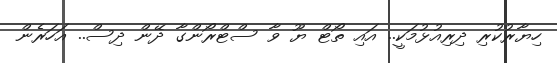
ހިޔާރުކުރި ދިރިއުޅުމަކީ.. އައި ތޯޓް ޔޫ ވާ ސްޓްރޯންގާ ދޭން ދިސް.. އަހަރެން